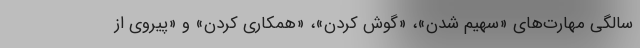
سالگی مهارت‌های «سهیم شدن»، «گوش کردن»، «همکاری کردن» و «پیروی از